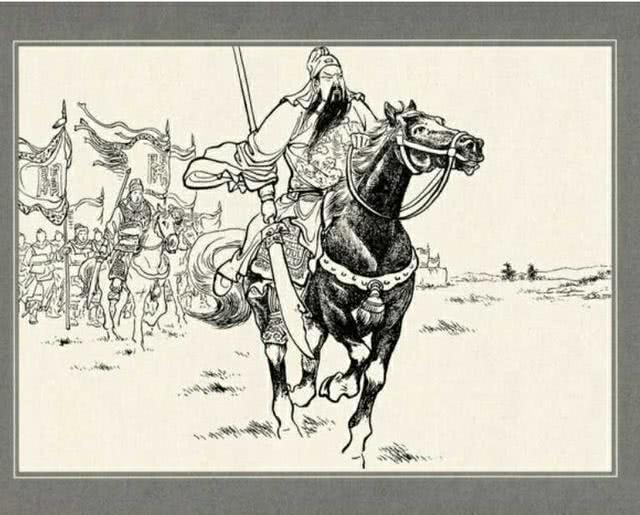
治于神者，众人不知其功争于明者，众人知之。